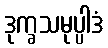
ဒုက္ခသမုပ္ပါဒံ